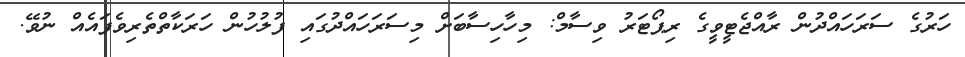
ހަރުގެ ސަރަހައްދުން ރާއްޖެޓީވީގެ ރިޕޯޓަރު ވިސާމް: މިހާހިސާބަށް މިސަރަހައްދުގައި ފުލުހުން ހަރަކާތްތެރިވެފައެއް ނުވޭ.